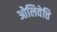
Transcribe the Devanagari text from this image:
ओलिवेत्ति